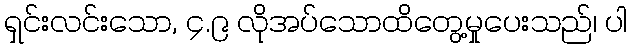
ရှင်းလင်းသော, ၄.၉ လိုအပ်သောထိတွေ့မှုပေးသည်၊ ပါ